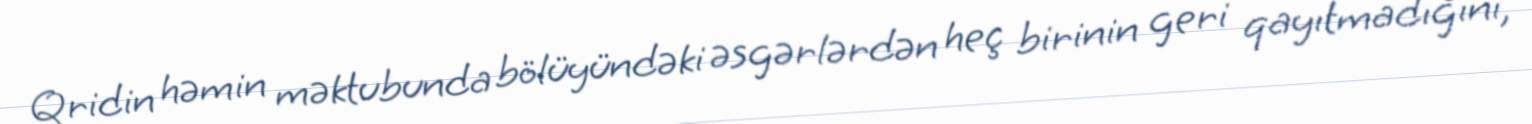
Qridin həmin məktubunda bölüyündəki əsgərlərdən heç birinin geri qayıtmadığını,